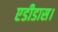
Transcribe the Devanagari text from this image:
एडीडास।